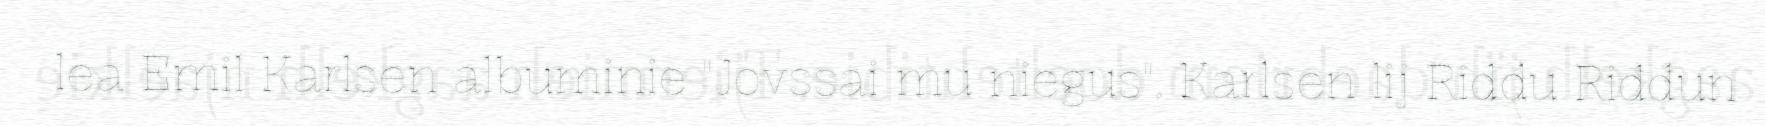
lea Emil Karlsen albuminie "Jovssai mu niegus". Karlsen lij Riddu Riđđun